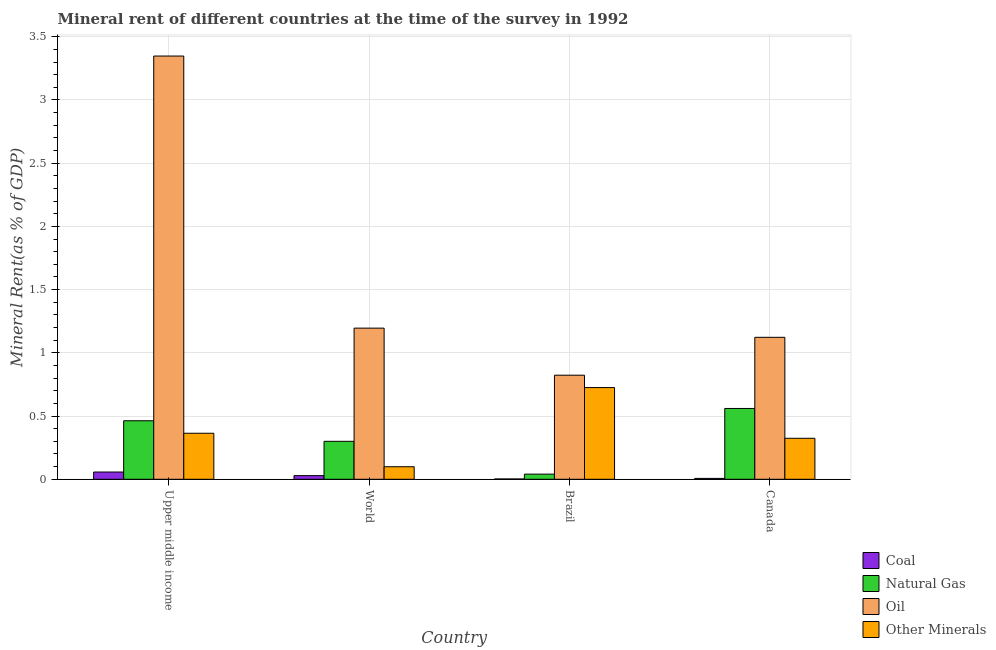
| Country | Coal | Natural Gas | Oil | Other Minerals |
 | --- | --- | --- | --- | --- |
 | Upper middle income | 0.0574 | 0.463 | 3.35 | 0.364 |
 | World | 0.0289 | 0.3 | 1.2 | 0.0991 |
 | Brazil | 0.0023 | 0.0407 | 0.823 | 0.725 |
 | Canada | 0.00687 | 0.56 | 1.12 | 0.324 |